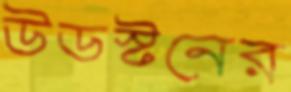
উডস্টনের